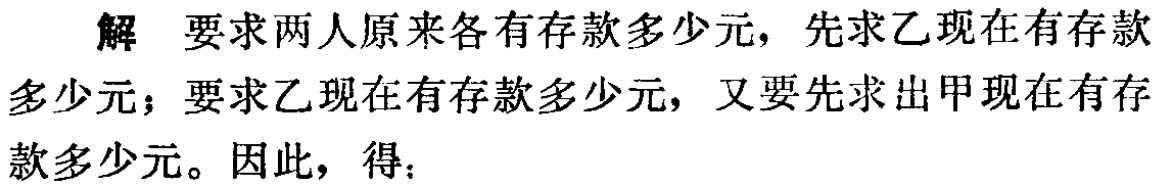
解 要求两人原来各有存款多少元，先求乙现在有存款多少元；要求乙现在有存款多少元，又要先求出甲现在有存款多少元。因此，得：